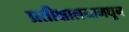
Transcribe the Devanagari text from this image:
प्रतीक्षालयामधून